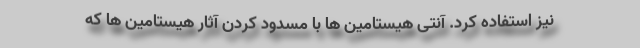
نیز استفاده کرد. آنتی هیستامین ها با مسدود کردن آثار هیستامین ها که